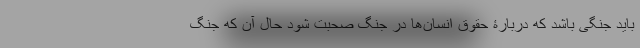
باید جنگی باشد که دربارۀ حقوق انسان‌ها در جنگ صحبت شود حال آن که جنگ